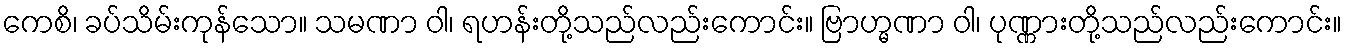
ကေစိ၊ ခပ်သိမ်းကုန်သော။ သမဏာ ဝါ၊ ရဟန်းတို့သည်လည်းကောင်း။ ဗြာဟ္မဏာ ဝါ၊ ပုဏ္ဏားတို့သည်လည်းကောင်း။